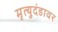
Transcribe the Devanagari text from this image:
मृत्युदंडावर